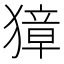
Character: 獐